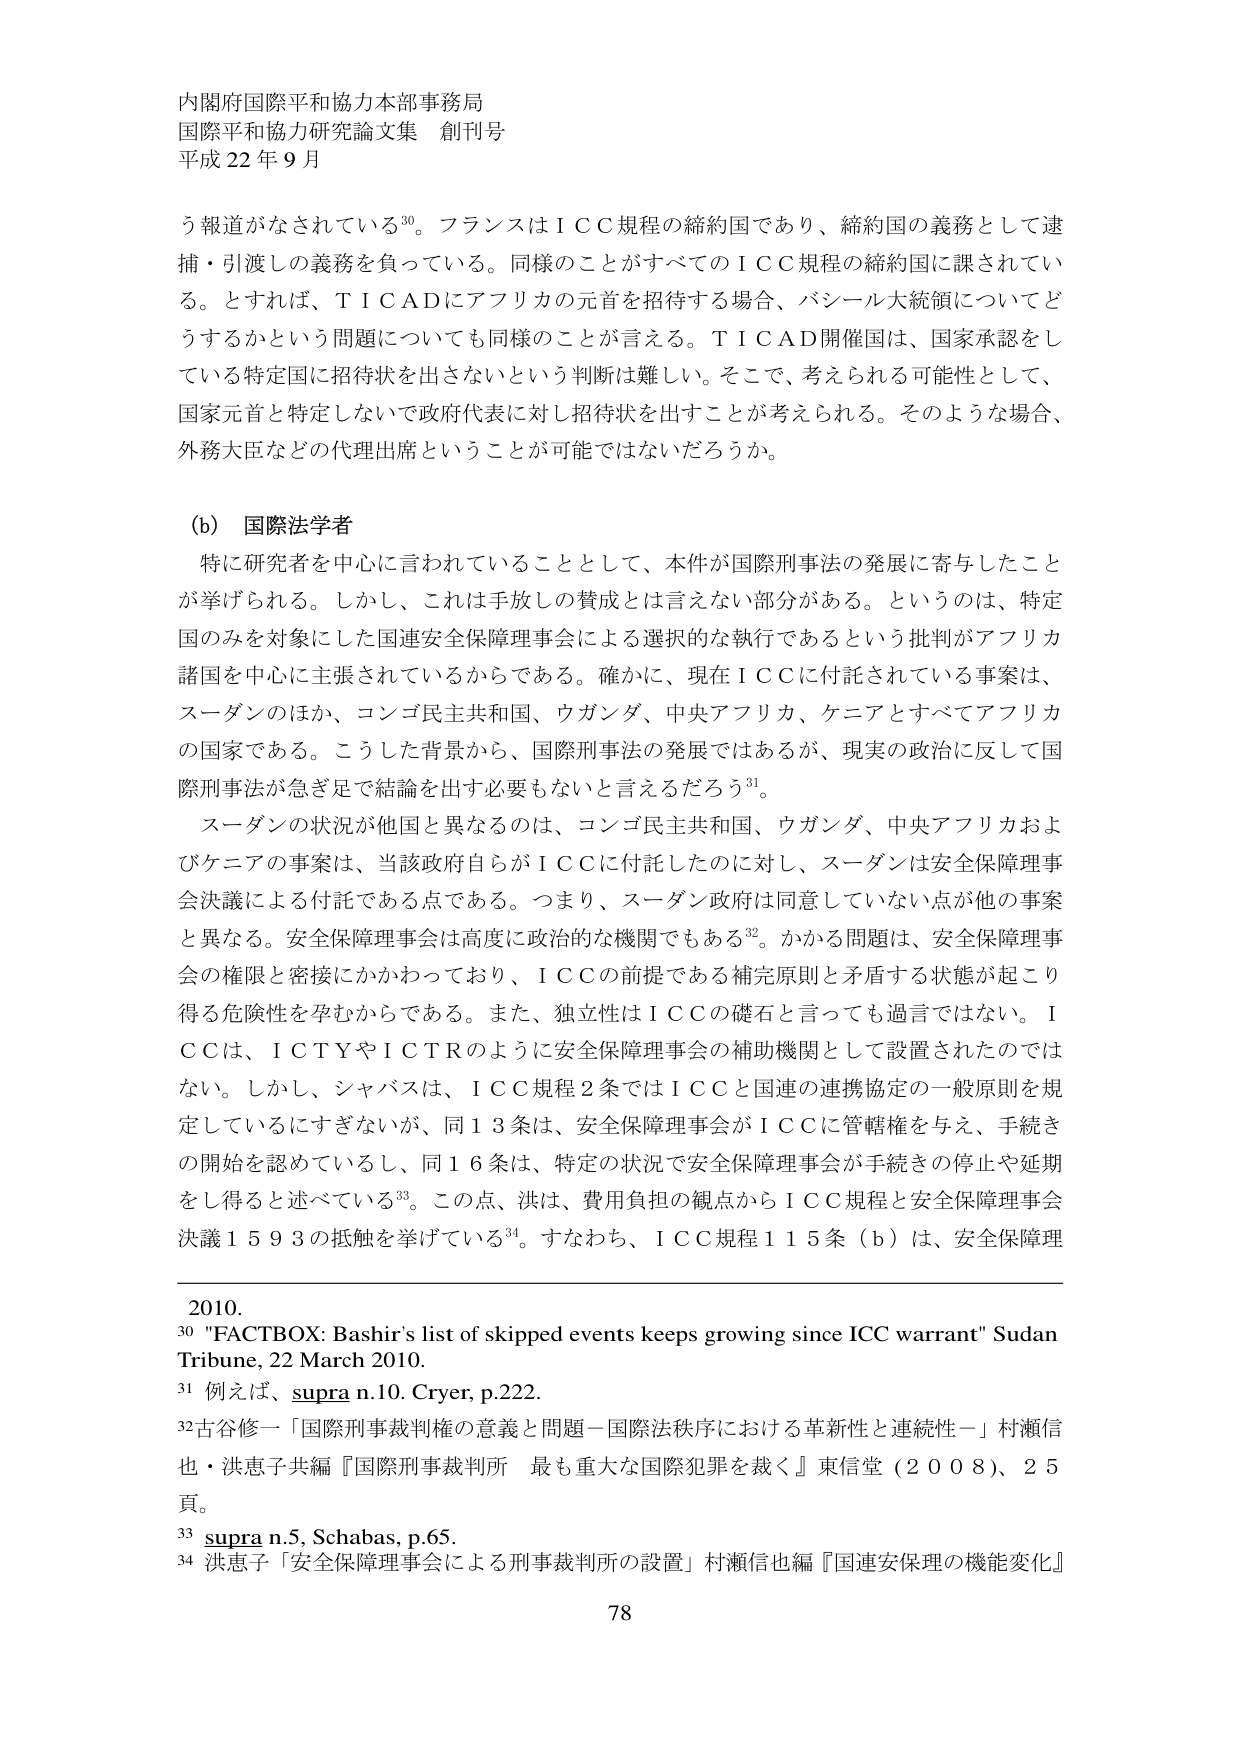
内閣府国際平和協力本部事務局
国際平和協力研究論文集 創刊号
平成22年9月

う報道がなされている30。フランスはＩＣＣ規程の締約国であり、締約国の義務として逮捕・引渡しの義務を負っている。同様のことがすべてのＩＣＣ規程の締約国に課されている。とすれば、ＴＩＣＡＤにアフリカの元首を招待する場合、バシール大統領についてどうするかという問題についても同様のことが言える。ＴＩＣＡＤ開催国は、国家承認をしている特定国に招待状を出さないという判断は難しい。そこで、考えられる可能性として、国家元首と特定しないで政府代表に対し招待状を出すことが考えられる。そのような場合、外務大臣などの代理出席ということが可能ではないだろうか。

(b) 国際法学者
特に研究者を中心に言われていることとして、本件が国際刑事法の発展に寄与したことが挙げられる。しかし、これは手放しの賛成とは言えない部分がある。というのは、特定国のみを対象にした国連安全保障理事会による選択的な執行であるという批判がアフリカ諸国を中心に主張されているからである。確かに、現在ＩＣＣに付託されている事案は、スーダンのほか、コンゴ民主共和国、ウガンダ、中央アフリカ、ケニアとすべてアフリカの国家である。こうした背景から、国際刑事法の発展ではあるが、現実の政治に反して国際刑事法が急ぎ足で結論を出す必要もないと言えるだろう31。

スーダンの状況が他国と異なるのは、コンゴ民主共和国、ウガンダ、中央アフリカおよびケニアの事案は、当該政府自らがＩＣＣに付託したのに対し、スーダンは安全保障理事会決議による付託である点である。つまり、スーダン政府は同意していない点が他の事案と異なる。安全保障理事会は高度に政治的な機関でもある32。かかる問題は、安全保障理事会の権限と密接にかかわっており、ＩＣＣの前提である補完原則と矛盾する状態が起こり得る危険性を孕むからである。また、独立性はＩＣＣの礎石と言っても過言ではない。ＩＣＣは、ＩＣＴＹやＩＣＴＲのように安全保障理事会の補助機関として設置されたのではない。しかし、シャバスは、ＩＣＣ規程2条ではＩＣＣと国連の連携協定の一般原則を規定しているにすぎないが、同13条は、安全保障理事会がＩＣＣに管轄権を与え、手続きの開始を認めているし、同16条は、特定の状況で安全保障理事会が手続きの停止や延期をし得ると述べている33。この点、洪は、費用負担の観点からＩＣＣ規程と安全保障理事会決議1593の抵触を挙げている34。すなわち、ＩＣＣ規程115条（b）は、安全保障理

2010.
30 "FACTBOX: Bashir's list of skipped events keeps growing since ICC warrant" Sudan Tribune, 22 March 2010.
31 例えば、supra n.10. Cryer, p.222.
32 古谷修一「国際刑事裁判権の意義と問題－国際法秩序における革新性と連続性－」村瀬信也・洪恵子共編『国際刑事裁判所 最も重大な国際犯罪を裁く』東信堂（2008）、25頁。
33 supra n.5, Schabas, p.65.
34 洪恵子「安全保障理事会による刑事裁判所の設置」村瀬信也編『国連安保理の機能変化』

78